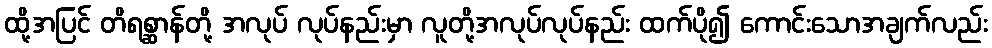
ထို့အပြင် တိရစ္ဆာန်တို့ အလုပ် လုပ်နည်းမှာ လူတို့အလုပ်လုပ်နည်း ထက်ပို၍ ကောင်းသောအချက်လည်း